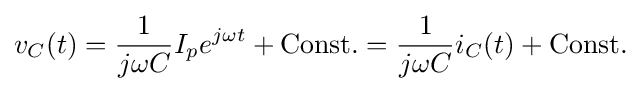
v_{C}(t)={\frac {1}{j\omega C}}I_{p}e^{j\omega t}+{\text{Const.}}={\frac {1}{j\omega C}}i_{C}(t)+{\text{Const.}}